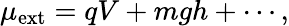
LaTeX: \mu_{\mathrm{ext}}=qV+mgh+\cdots,